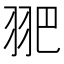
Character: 𦐆